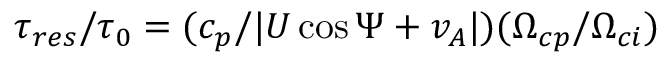
\tau _ { r e s } / \tau _ { 0 } = ( c _ { p } / | U \cos \Psi + v _ { A } | ) ( \Omega _ { c p } / \Omega _ { c i } )